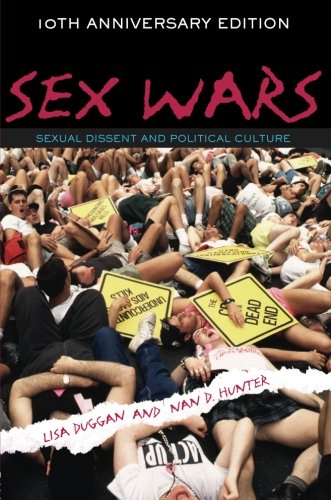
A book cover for Sex Wars: Sexual Dissent and Political Culture (10th Anniversary Edition); Lisa Duggan; Politics & Social Sciences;